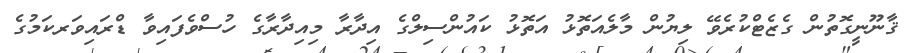
ޤާނޫނީގޮތުން ގެޒެޓްކުރެވޭ ލިޔުން މާލެއަތޮޅު އަތޮޅު ކައުންސިލްގެ އިދާރާ މިއިދާރާގެ ހުސްވެފައިވާ ޑްރައިވަރކަމުގެ